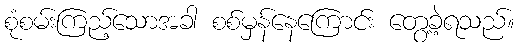
စုံစမ်းကြည့်သောအခါ စစ်မှန်နေကြောင်း တွေ့ခဲ့ရသည်။